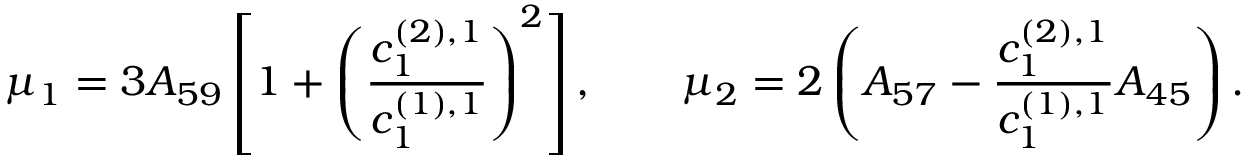
\mu _ { 1 } = 3 A _ { 5 9 } \left[ 1 + \left( \frac { c _ { 1 } ^ { ( 2 ) , 1 } } { c _ { 1 } ^ { ( 1 ) , 1 } } \right) ^ { 2 } \right] , \qquad \mu _ { 2 } = 2 \left( A _ { 5 7 } - \frac { c _ { 1 } ^ { ( 2 ) , 1 } } { c _ { 1 } ^ { ( 1 ) , 1 } } A _ { 4 5 } \right) .